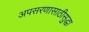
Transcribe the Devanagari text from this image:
अपसरणासाठीसुद्धा